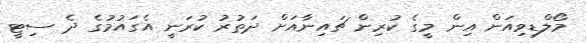
މޯލްޑިވިއަން އިން މީގެ ކުރިން ޗައިނާއަށް ދަތުރު ކުރަނީ އެގައުމުގެ ދެ ސިޓީ